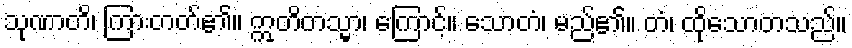
သုဏာတိ၊ ကြားတတ်၏။ ဣတိတသ္မာ၊ ကြောင့်။ သောတံ၊ မည်၏။ တံ၊ ထိုသောတသည်။